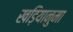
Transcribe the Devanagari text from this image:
खड़ियानुमा